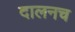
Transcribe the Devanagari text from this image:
दालनच